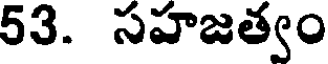
53. సహజత్వం